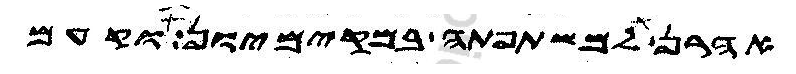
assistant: אהרן למשתפתה במקימיון וקעם